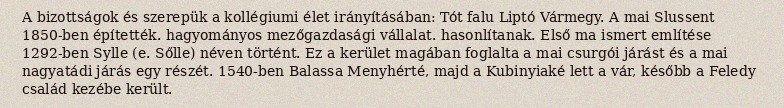
A bizottságok és szerepük a kollégiumi élet irányításában: Tót falu Liptó Vármegy. A mai Slussent 1850-ben építették. hagyományos mezőgazdasági vállalat. hasonlítanak. Első ma ismert említése 1292-ben Sylle (e. Sőlle) néven történt. Ez a kerület magában foglalta a mai csurgói járást és a mai nagyatádi járás egy részét. 1540-ben Balassa Menyhérté, majd a Kubinyiaké lett a vár, később a Feledy család kezébe került.